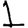
Digit: 1